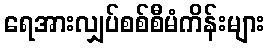
ရေအားလျှပ်စစ်စီမံကိန်းများ